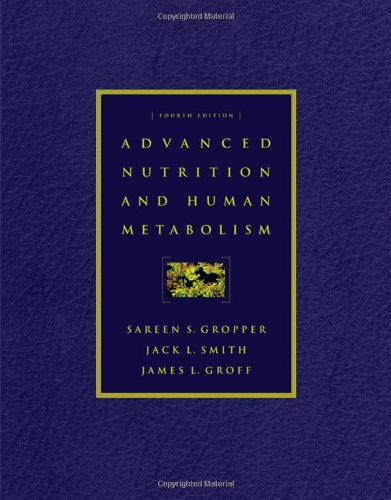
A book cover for Advanced Nutrition and Human Metabolism (with InfoTrac); Sareen S. Gropper; Medical Books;